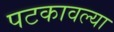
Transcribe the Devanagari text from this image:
पटकावल्या